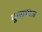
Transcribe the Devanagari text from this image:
कुसमाज